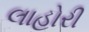
લાહોરી